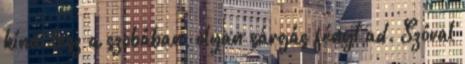
kínai lesz a szobában, olyan sárgás fényt ad. Szóval